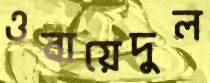
ওবায়েদুল